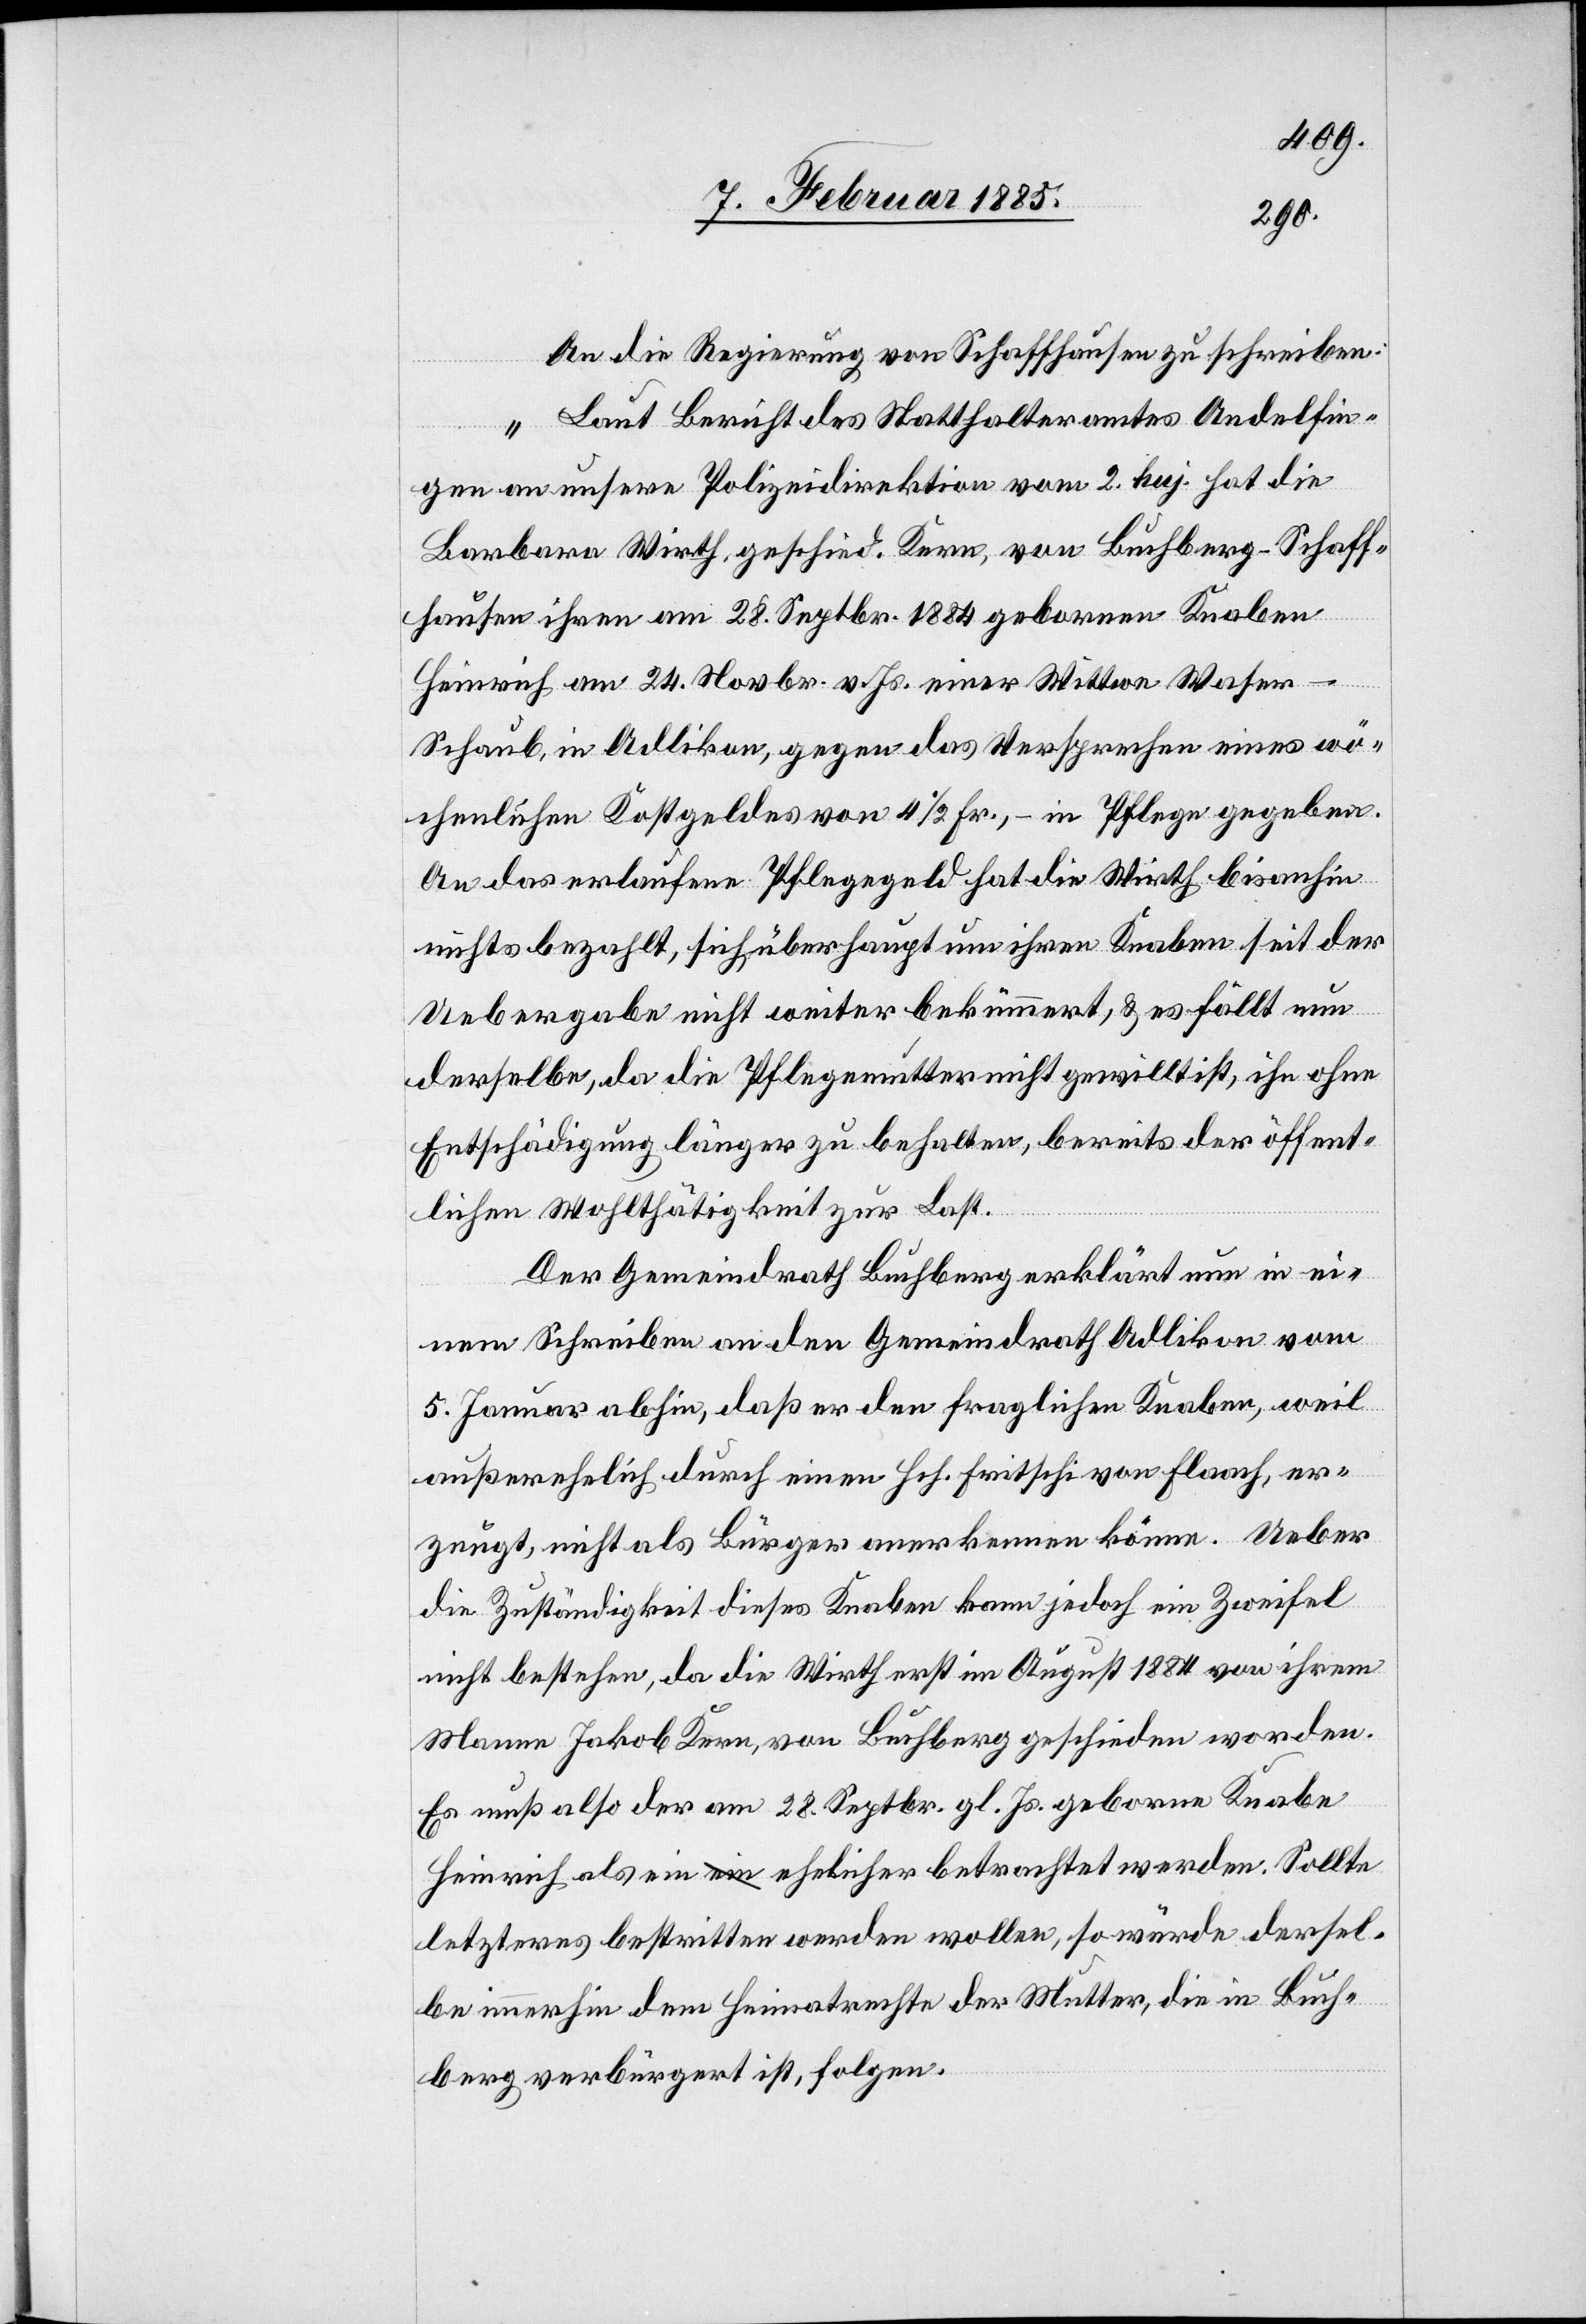
An die Regierung von Schaffhausen zu schreiben:
„Laut Bericht des Statthalteramtes Andelfin¬
gen an unsere Polizeidirektion vom 2. huj. hat die
Barbara Wirth, geschied. Kern, von Buchberg - Schaff¬
hausen ihren am 28. Septbr. 1884 gebornen Knaben
Heinrich am 24. Novbr. v. Js. einer Wittwe Wase¬
r-Schaub, in Adlikon, gegen das Versprechen eines wö¬
chentlichen Kostgeldes von 4 1/2 Fr., in Pflege gegeben.
An das erlaufene Pflegegeld hat die Wirth bis anhin
nichts bezahlt, sich überhaupt um ihren Knaben seit der
Uebergabe nicht weiter bekümmert, & es fällt nun
derselbe, da die Pflegemutter nicht gewillt ist, ihn ohne
Entschädigung länger zu behalten, bereits der öffent¬
lichen Wohltätigkeit zur Last.
Der Gemeindrath Buchberg erklärt nun in ei¬
nem Schreiben an den Gemeindrath Adlikon vom
5. Januar abhin, daß er den fraglichen Knaben, weil
außerehelich durch einen Hch. Fritschi von Flaach, er¬
zeugt, nicht als Bürger anerkennen könne. Ueber
die Zuständigkeit dieses Knaben kann jedoch ein Zweifel
nicht bestehen, da die Wirth erst im August 1884 von ihrem
Manne Jakob Kern, von Buchberg geschieden worden.
Es muß also der am 28. Septbr. gl. Js. geborne Knabe
Heinrich als ein ehelicher betrachtet werden. Sollte
letzteres bestritten werden wollen, so würde dersel¬
be immerhin dem Heimatrechte der Mutter, die in Buch¬
berg verbürgert ist, folgen.